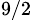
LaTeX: _{9/2}